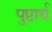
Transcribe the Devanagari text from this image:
पुष्टार्थ